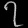
Digit: ၇